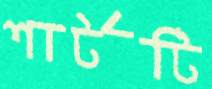
শার্টটি